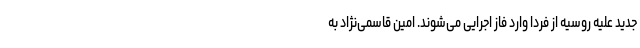
جدید علیه روسیه از فردا وارد فاز اجرایی می‌شوند. امین قاسمی‌نژاد به